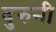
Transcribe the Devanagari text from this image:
दुरुनी